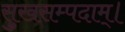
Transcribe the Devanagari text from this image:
सुखसम्पदाम्‌।